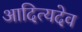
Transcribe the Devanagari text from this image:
आदित्यदेव